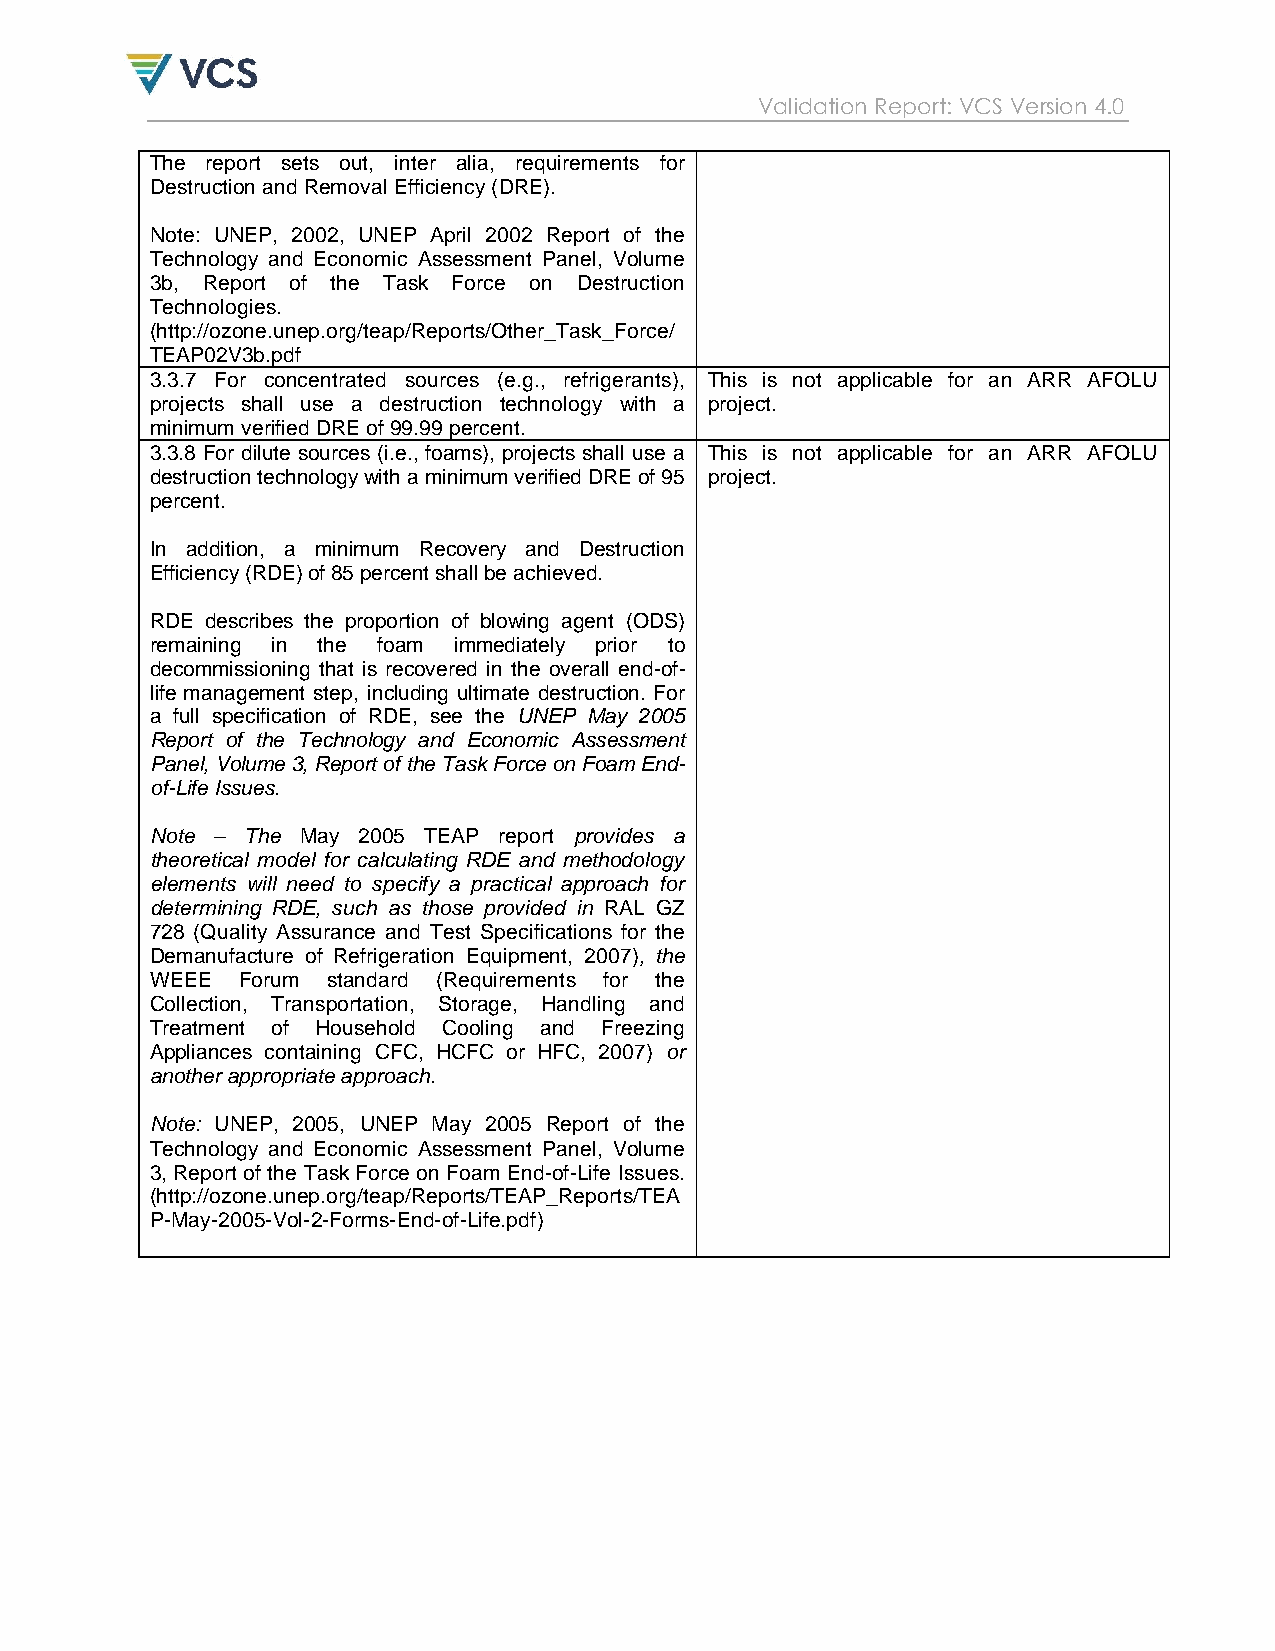
Validation Report: VCS Version 4.0
 The report sets out, inter alia, requirements for
 Destruction and Removal Efficiency (DRE).
 Note: UNEP, 2002, UNEP April 2002 Report of the
 Technology and Economic Assessment Panel, Volume
 3b, Report of the Task Force on Destruction
 Technologies.
 (http://ozone.unep.org/teap/Reports/Other_Task_Force/
 TEAP02V3b.pdf
 3.3.7 For concentrated sources (e.g., refrigerants), This is not applicable for an ARR AFOLU
 projects shall use a destruction technology with a project.
 minimum verified DRE of 99.99 percent.
 3.3.8 For dilute sources (i.e., foams), projects shall use a This is not applicable for an ARR AFOLU
 destruction technology with a minimum verified DRE of 95 project.
 percent.
 In addition, a minimum Recovery and Destruction
 Efficiency (RDE) of 85 percent shall be achieved.
 RDE describes the proportion of blowing agent (ODS)
 remaining in the foam immediately prior to
 decommissioning that is recovered in the overall end-of-
 life management step, including ultimate destruction. For
 a full specification of RDE, see the UNEP May 2005
 Report of the Technology and Economic Assessment
 Panel, Volume 3, Report of the Task Force on Foam End-
 of-Life Issues.
 Note – The May 2005 TEAP report provides a
 theoretical model for calculating RDE and methodology
 elements will need to specify a practical approach for
 determining RDE, such as those provided in RAL GZ
 728 (Quality Assurance and Test Specifications for the
 Demanufacture of Refrigeration Equipment, 2007), the
 WEEE  Forum standard (Requirements for the
 Collection, Transportation, Storage, Handling and
 Treatment of Household Cooling and Freezing
 Appliances containing CFC, HCFC or HFC, 2007) or
 another appropriate approach.
 Note: UNEP, 2005, UNEP May 2005 Report of the
 Technology and Economic Assessment Panel, Volume
 3, Report of the Task Force on Foam End-of-Life Issues.
 (http://ozone.unep.org/teap/Reports/TEAP_Reports/TEA
 P-May-2005-Vol-2-Forms-End-of-Life.pdf)